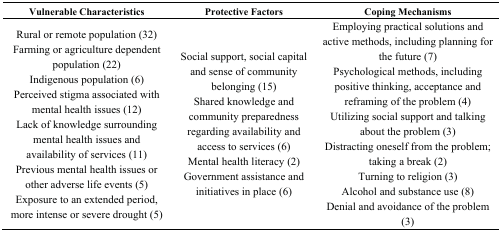
| Vulnerable Characteristics | Protective Factors | Coping Mechanisms |
 | --- | --- | --- |
 | Rural or remote population (32)Farming or agriculture dependent population (22)Indigenous population (6)Perceived stigma associated with mental health issues (12)Lack of knowledge surrounding mental health issues and availability of services (11)Previous mental health issues or other adverse life events (5)Exposure to an extended period, more intense or severe drought (5) | Social support, social capital and sense of community belonging (15) Shared knowledge and community preparedness regarding availability and access to services (6)Mental health literacy (2)Government assistance and initiatives in place (6) | Employing practical solutions and active methods, including planning for the future (7)Psychological methods, including positive thinking, acceptance and reframing of the problem (4)Utilizing social support and talking about the problem (3)Distracting oneself from the problem; taking a break (2)Turning to religion (3)Alcohol and substance use (8)Denial and avoidance of the problem (3) |